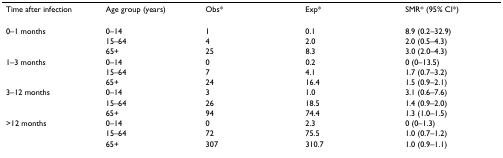
| Time after infection | Age group (years) | Obs* | Exp* | SMR* (95% CI*) |
 | --- | --- | --- | --- | --- |
 | 0–1 months | 0–14 | 1 | 0.1 | 8.9 (0.2–32.9) |
 |  | 15–64 | 4 | 2.0 | 2.0 (0.5–4.3) |
 |  | 65+ | 25 | 8.3 | 3.0 (2.0–4.3) |
 | 1–3 months | 0–14 | 0 | 0.2 | 0 (0–13.5) |
 |  | 15–64 | 7 | 4.1 | 1.7 (0.7–3.2) |
 |  | 65+ | 24 | 16.4 | 1.5 (0.9–2.1) |
 | 3–12 months | 0–14 | 3 | 1.0 | 3.1 (0.6–7.6) |
 |  | 15–64 | 26 | 18.5 | 1.4 (0.9–2.0) |
 |  | 65+ | 94 | 74.4 | 1.3 (1.0–1.5) |
 | >12 months | 0–14 | 0 | 2.3 | 0 (0–1.3) |
 |  | 15–64 | 72 | 75.5 | 1.0 (0.7–1.2) |
 |  | 65+ | 307 | 310.7 | 1.0 (0.9–1.1) |